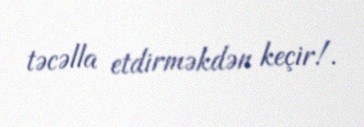
təcəlla etdirməkdən keçir!.